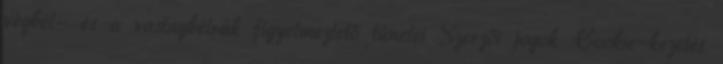
végbél- és a vastagbélrák figyelmeztető tünetei Szerzői jogok Cookie-kezelés